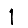
Digit: 1